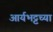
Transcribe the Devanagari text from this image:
आर्यभट्टच्या